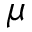
\mu